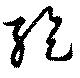
紇